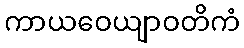
ကာယဝေယျာဝတိကံ